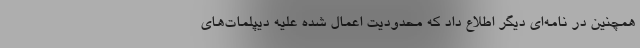
همچنین در نامه‌ای دیگر اطلاع داد که محدودیت اعمال شده علیه دیپلمات‌های